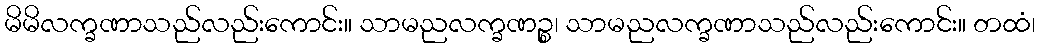
မိမိလက္ခဏာသည်လည်းကောင်း။ သာမညလက္ခဏဉ္စ၊ သာမညလက္ခဏာသည်လည်းကောင်း။ တထံ၊